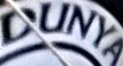
DUNYA